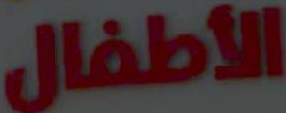
الأطفال